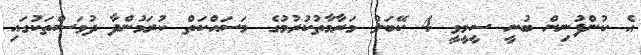
އެ ކުންފުނިން ބުނީ ސީމީވީ 4 ކޭބަލް މަރާމާތުކުރުމުގެ މަސައްކަތް ކުރަމުންދާ ދުވަސްތަކުގައި